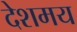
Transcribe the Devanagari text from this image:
देशमय